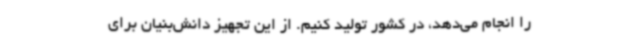
را انجام می‌دهد، در کشور تولید کنیم. از این تجهیز دانش‌بنیان برای